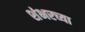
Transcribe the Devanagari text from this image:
शंभरच्या